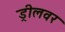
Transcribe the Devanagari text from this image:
ड्रीलवर